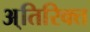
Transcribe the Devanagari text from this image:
अ्तिरिक्त